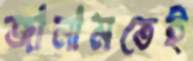
জানামতেই